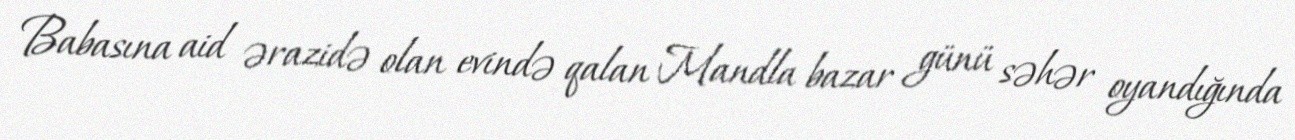
Babasına aid ərazidə olan evində qalan Mandla bazar günü səhər oyandığında